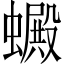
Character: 𧓇